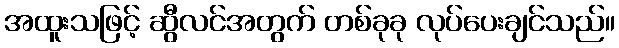
အထူးသဖြင့် ဆွီလင်အတွက် တစ်ခုခု လုပ်ပေးချင်သည်။